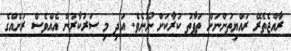
ރާއްޖެތެރޭ ރައްޔިތުންނަށް ތަފާތު ކުރާކަށް ނޫނެވެ. އަދި މި ސަރުކާރުން އެއްވެސް ރަށެއްގެ